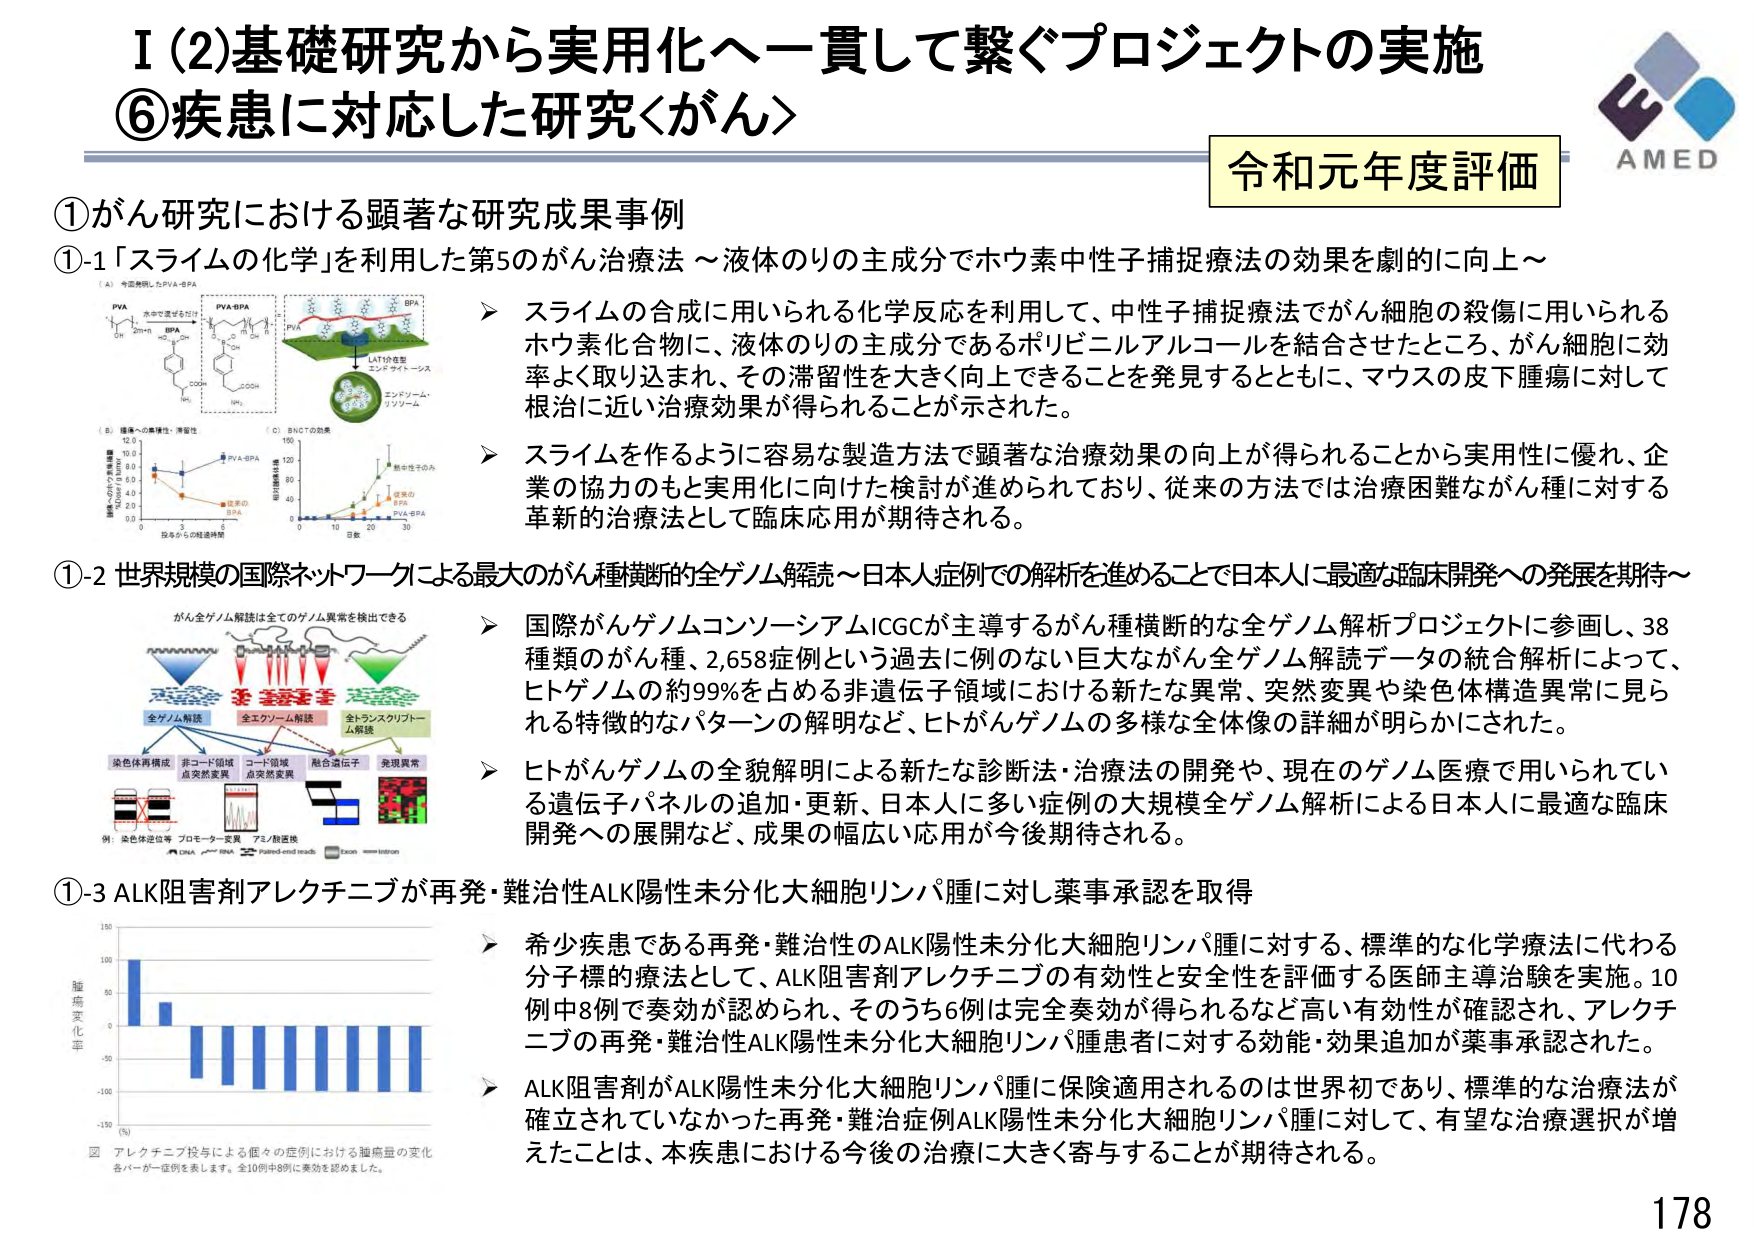
I (2) 基礎研究から実用化へ一貫して繋ぐプロジェクトの実施
⑥ 疾患に対応した研究<がん>

令和元年度評価
AMED

① がん研究における顕著な研究成果事例

①-1 「スライムの化学」を利用した第5のがん治療法 ～液体のりの主成分でホウ素中性子捕捉療法の効果を劇的に向上～

（A） 今回合成したPVA-BPA
PVA
BPA
PVA-BPA
LATSの性質
エンドサイトーシス
エンドソーム
リソソーム

（B） 腫瘍への集積性・滞留性
（C） BNCTの効果

▶ スライムの合成に用いられる化学反応を利用して、中性子捕捉療法でがん細胞の殺傷に用いられるホウ素化合物に、液体のりの主成分であるポリビニルアルコールを結合させたところ、がん細胞に効率よく取り込まれ、その滞留性を大きく向上できることを発見するとともに、マウスの皮下腫瘍に対して根治に近い治療効果が得られることが示された。

▶ スライムを作るように容易な製造方法で顕著な治療効果の向上が得られることから実用性に優れ、企業の協力のもと実用化に向けた検討が進められており、従来の方法では治療困難ながん種に対する革新的治療法として臨床応用が期待される。

①-2 世界規模の国際ネットワークによる最大のがん種横断的全ゲノム解読～日本人症例での解析を進めることで日本人に最適な臨床開発への発展を期待～

がん全ゲノム解読は全てのゲノム異常を検出できる
全ゲノム解読
全エクソン解読
全トランスクリプトーム解読
染色体再構成
非コード領域点突然変異
コード領域点突然変異
融合遺伝子
発現異常
例：染色体定位等 プロモーター変異 アミノ酸置換
DNA RNA Paired-end reads Exon Intron

▶ 国際がんゲノムコンソーシアムICGCが主導するがん種横断的な全ゲノム解析プロジェクトに参画し、38種類のがん種、2,658症例という過去に例のない巨大ながん全ゲノム解読データの統合解析によって、ヒトゲノムの約99％を占める非遺伝子領域における新たな異常、突然変異や染色体構造異常に見られる特徴的なパターンの解明など、ヒトがんゲノムの多様な全体像の詳細が明らかにされた。

▶ ヒトがんゲノムの全貌解明による新たな診断法・治療法の開発や、現在のゲノム医療で用いられている遺伝子パネルの追加・更新、日本人に多い症例の大規模全ゲノム解析による日本人に最適な臨床開発への展開など、成果の幅広い応用が今後期待される。

①-3 ALK阻害剤アレクチニブが再発・難治性ALK陽性未分化大細胞リンパ腫に対し薬事承認を取得

▶ 希少疾患である再発・難治性のALK陽性未分化大細胞リンパ腫に対する、標準的な化学療法に代わる分子標的療法として、ALK阻害剤アレクチニブの有効性と安全性を評価する医師主導治験を実施。10例中8例で奏効が認められ、そのうち6例は完全奏効が得られるなど高い有効性が確認され、アレクチニブの再発・難治性ALK陽性未分化大細胞リンパ腫患者に対する効能・効果追加が薬事承認された。

▶ ALK阻害剤がALK陽性未分化大細胞リンパ腫に保険適用されるのは世界初であり、標準的な治療法が確立されていなかった再発・難治症例ALK陽性未分化大細胞リンパ腫に対して、有望な治療選択が増えたことは、本疾患における今後の治療に大きく寄与することが期待される。

図 アレクチニブ投与による個々の症例における腫瘍量の変化
各バーが一症例を表します。全10例中8例に奏効を認めました。

178